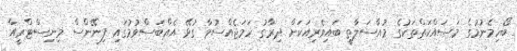
ބޯހިމެނުމުގެ މަސައްކަތްތަކުގެ މުއާސަލާތީ ބައިވެރިއަކަށް ދިރާގު ހަމަޖެއްސުމާ ގުޅޭ އެއްބަސްވުމުގައި ފިނޭންސް މިނިސްޓްރީއާ